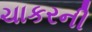
ચાકરની